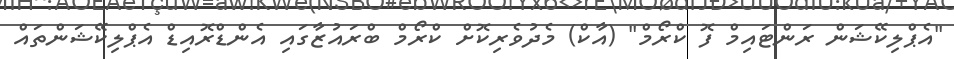
"އެޕްލިކޭޝަން ރަންޓައިމް ފޮ ކްރޯމް" (އާކް) މެދުވެރިކޮށް ކްރޯމް ބްރައުޒާގައި އެންޑްރޮއިޑް އެޕްލިކޭޝަންތައް